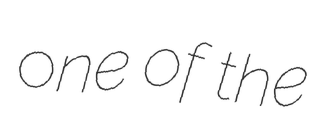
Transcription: one of the